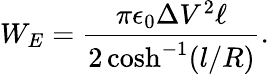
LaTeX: W_{E}=\frac{\pi\epsilon_{0}\Delta V^{2}\ell}{2\cosh^{-1}(l/R)}.